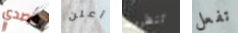
قصدي أعلن تنظرون تفعل